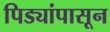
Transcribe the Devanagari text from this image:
पिड्यांपासून